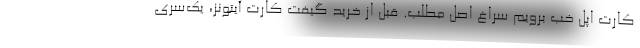
کارت اپل خب برویم سراغ اصل مطلب. قبل از خرید گیفت کارت آیتونز، یک‌سری